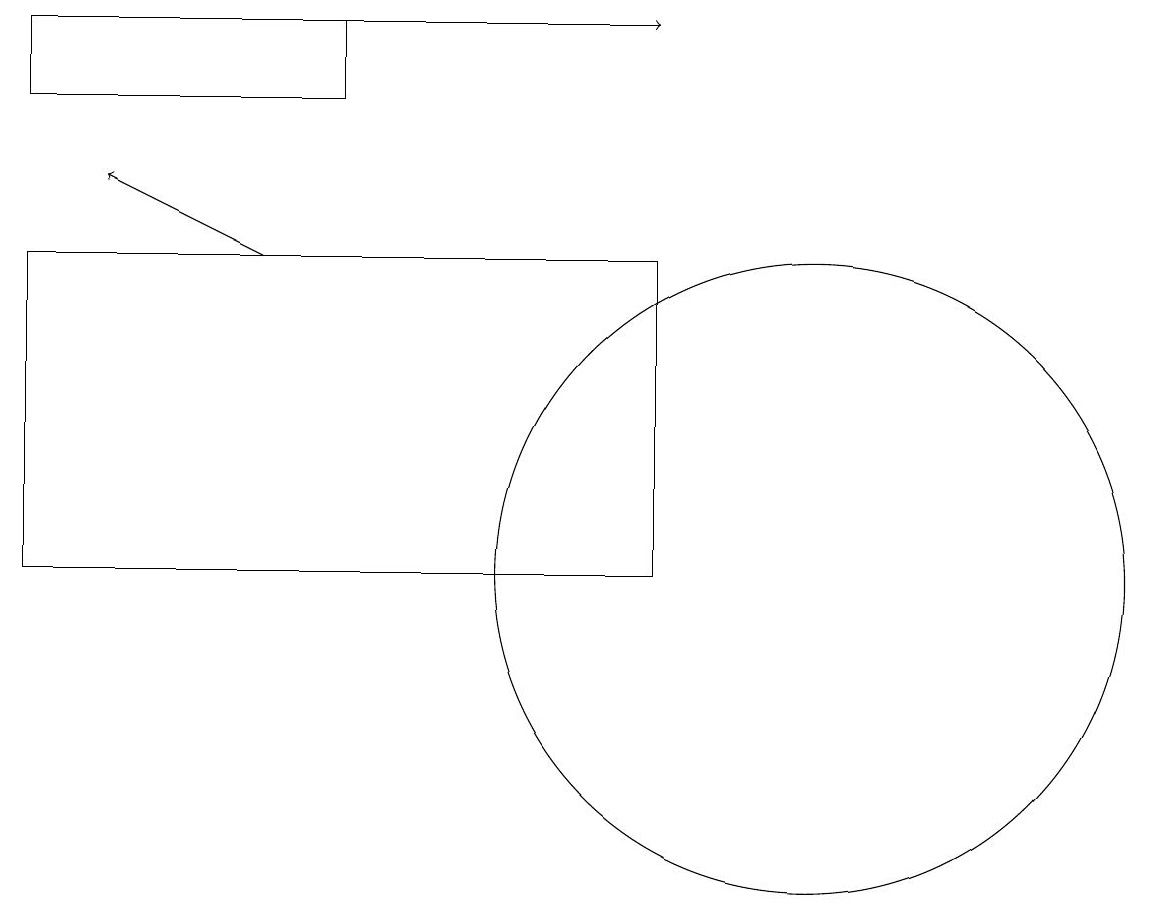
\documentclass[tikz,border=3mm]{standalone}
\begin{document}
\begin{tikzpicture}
\draw (1,17) rectangle (5,18);
\draw (11,11) circle (4);
\draw[->] (3,18) -- (9,18);
\draw (9,11) rectangle (1,15);
\draw[->] (4,15) -- (2,16);
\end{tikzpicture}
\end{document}